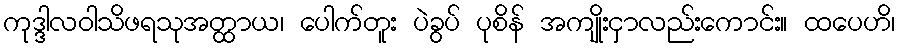
ကုဒ္ဒါလဝါသိဖရသုအတ္ထာယ၊ ပေါက်တူး ပဲခွပ် ပုစိန် အကျိုးငှာလည်းကောင်း။ ထပေဟိ၊